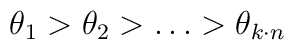
\theta _{1}>\theta _{2}>\ldots >\theta _{k\cdot n}